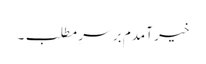
خیر آمدم بر سرِ مطلب۔